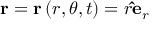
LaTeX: \mathbf { r } = \mathbf { r } \left( r , \theta , t \right) = r \mathbf { \hat { e } } _ { r }